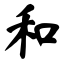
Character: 和